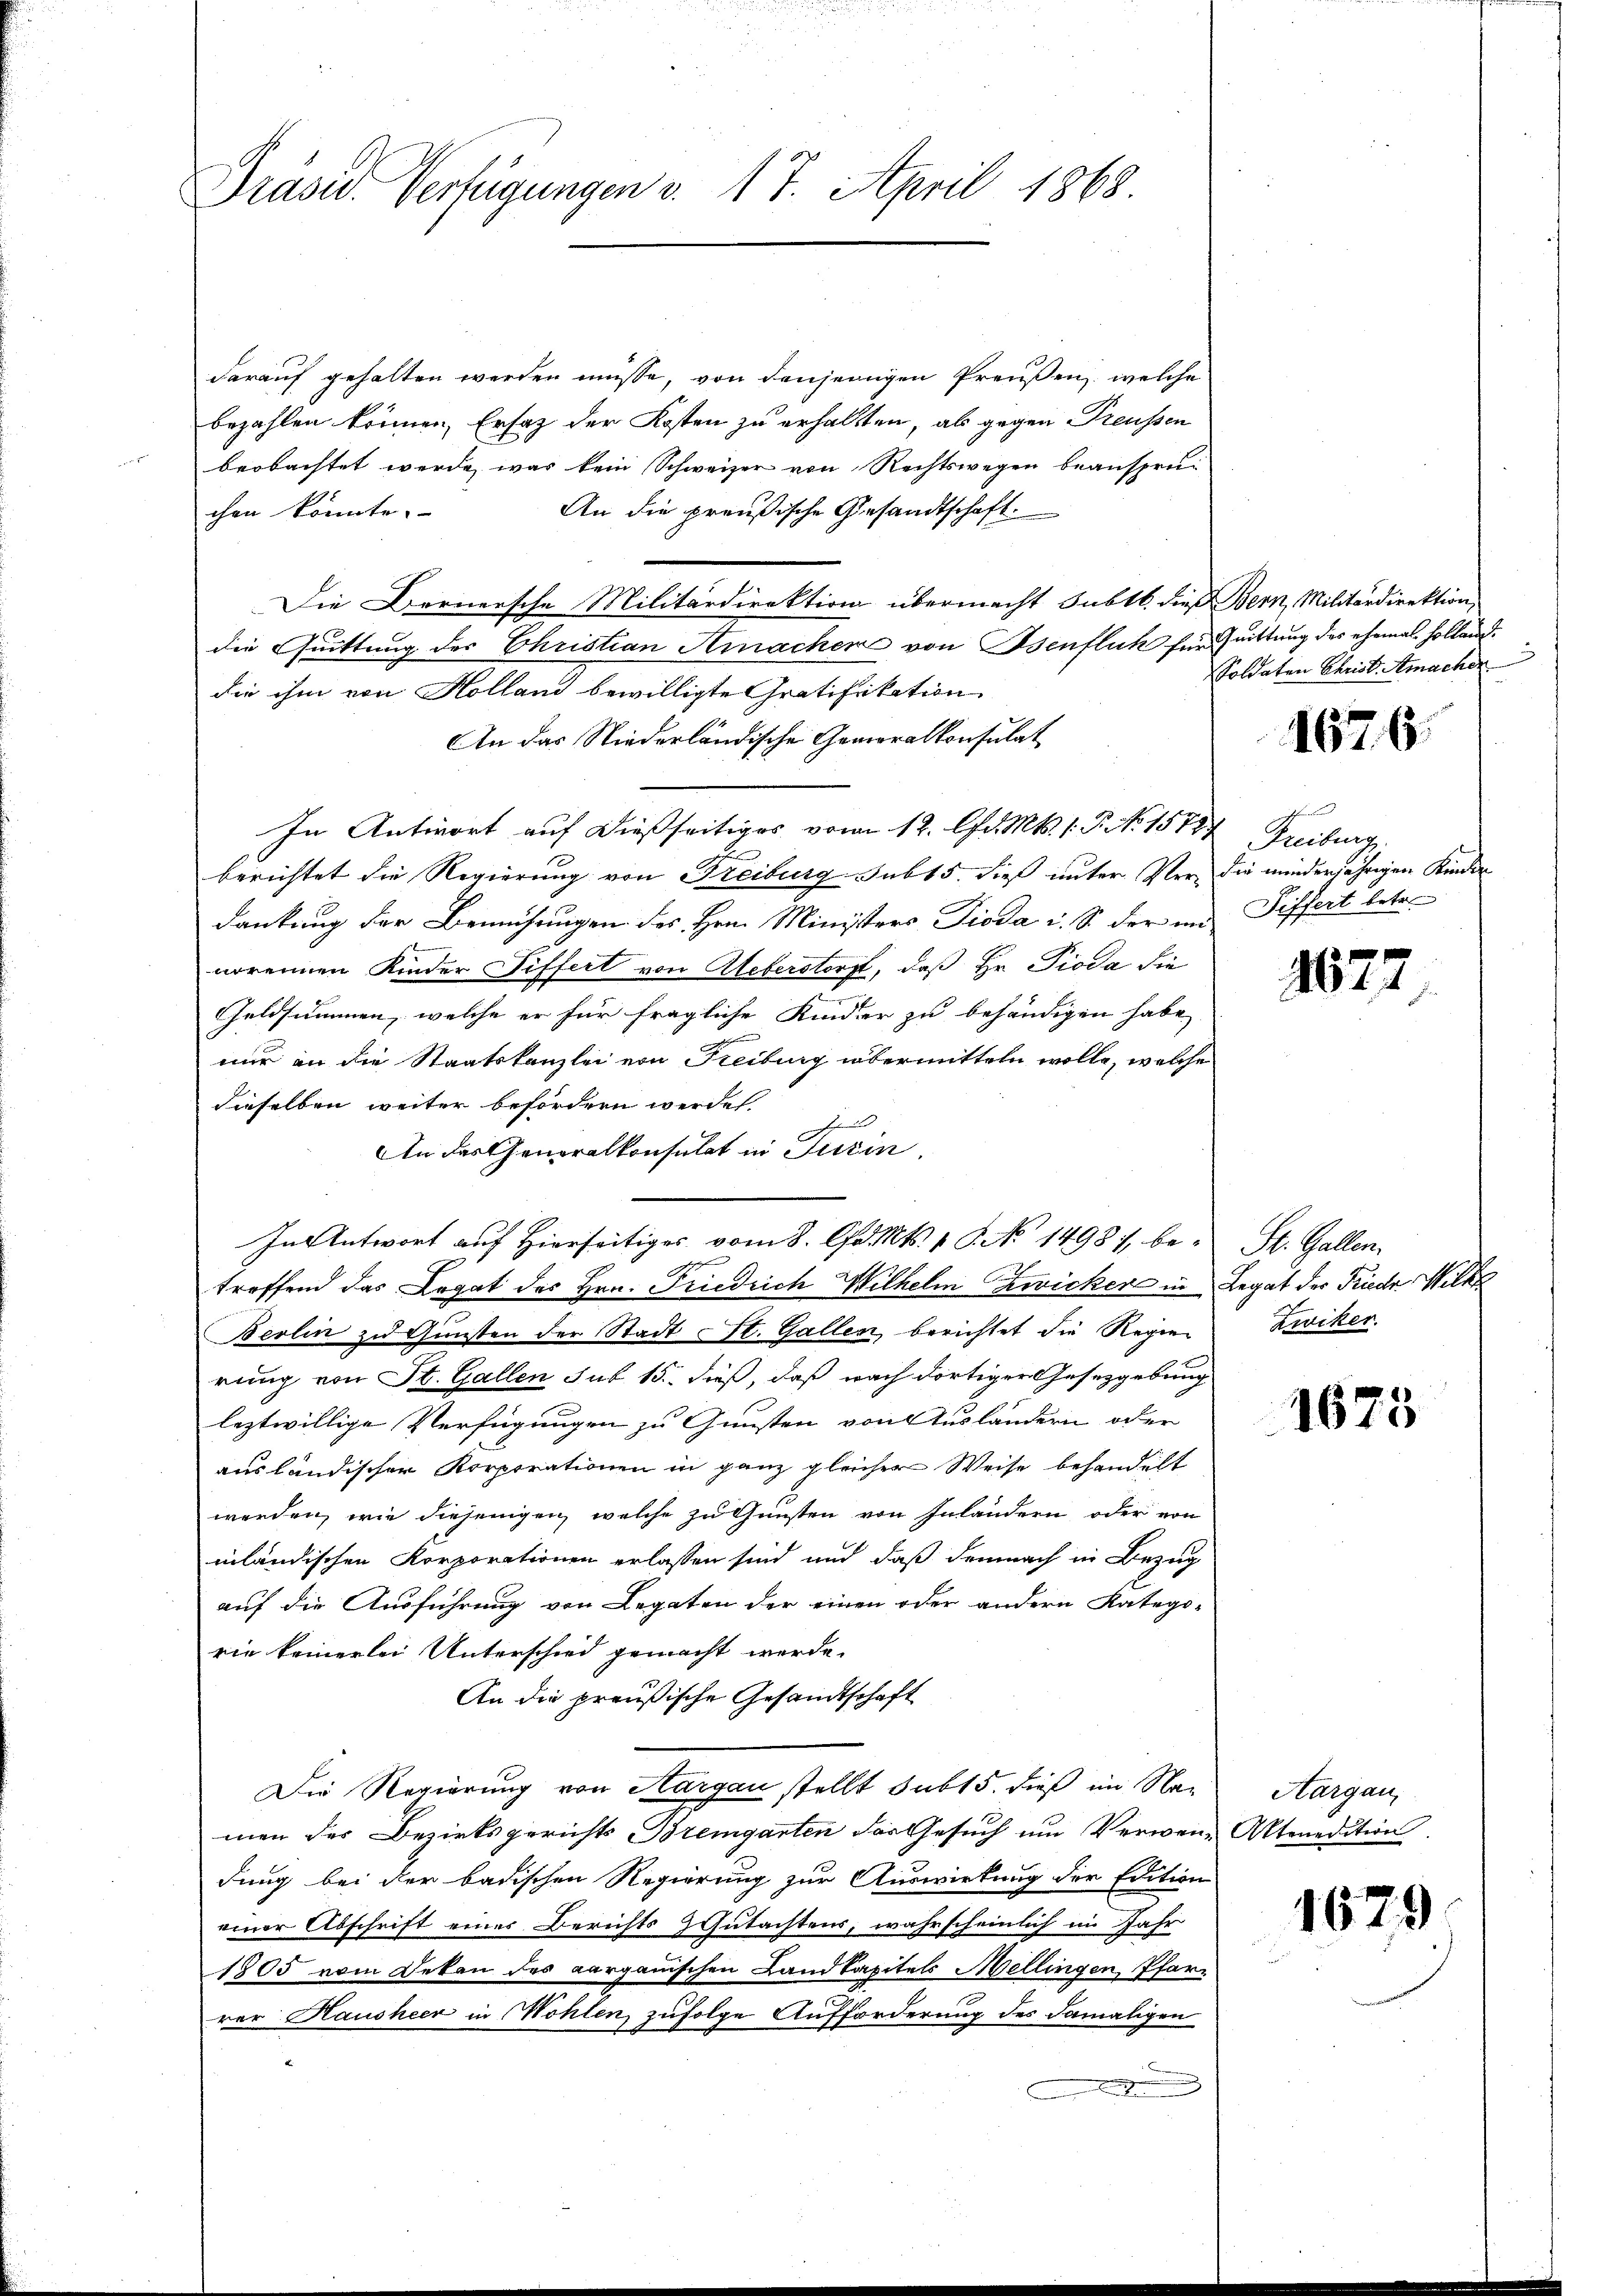
Präsid. Verfügungen v. 17. April 1868.

darauf gehalten werden müsse, von denjenigen Preußen, welche
bezahlen können, Ersatz der Kosten zu erhalten, als gegen Preussen
beobachtet werde, was kein Schweizer von Rechtswegen beansprei
An die preußische Gesandtschaft.
chen könnte.
Die Bernersche Militärdirektion übermacht Subtb. dieß Bern, Militärdirektion,
die Quittung der Christian Ainachens von Osenflück für Quittung des ehemal. Holländ.
die ihm von Holland bewilligte Gratifikation
An das Niederländische Gemoralkonsulat
In Antwort auf dießseitiges vom 12. Apr. Mts. 1. P. Nr. 1587 Freiburg
gen
berichtet die Regierung von Freiburg sub 15. dieß unter Verdankung der Bemühungen des Hrn. Ministers Pioda u. S. der im Siffert betre
worennen Kinder Differt von Ueberstorf, daß Hr. Pioda die
Geldsummen, welche er für fragliche Kinder zu behändigen habe,
nur an die Staatskanzlei von Freiburg übermitteln wolle, welche
dieselben weiter befordern werden.
2
An des Generalkonsulat in Turin.
In Antwort auf Hierseitig vom 8. d. Mts. 1 S. No 1498 be- St. Gallen,
aeren
treffend das Legat des Hrn. Friedrich Wilhelm Zwicker in Legat der Friede Wilk
Berlin zu Gunsten der Stadt St. Gallen berichtet die Regien Zwiker
rung von St. Gallen sub 15. dieß, daß nach dortiger Gesetzgebung
leztwillige Verfügungen zu Gunsten von Ausländern oder
ausländischer Korporationen in ganz gleicher Weise behandelt
werden, wie diejenigen, welche zu Gunsten von Inländern oder von
inländischen Korporationen erlassen sind und daß demnach in Bezug
auf die Ausführung von Legaten der einen oder andern Katego-
rie keinerlei Unterschied gemacht werde.
An die preußische Gesandtschaft
Die Regierung von Aargau stellt sub 15. dieß im Namen des Bezirksgerichts Bremgarten das Gesuch um Verwen- Aktenedition.
dung bei der badischen Regierung zur Auswirkung der Edition
einer Abschrift eines Berichts & Gutachtens, wahrscheinlich im Jahr
1905 vom Dekan des aargauischen Landkapitels Mellingen, Pfarr
rer Hausheer in Wohlen, zufolge Aufforderung des damaligen
n

Soldaten Christ. Amacher

167.6.

die minderjährigen Kinden

1677

1673

Aargau,

1679